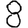
Digit: 8